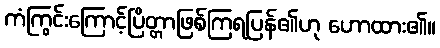
ကံကြွင်းကြောင့်ပြိတ္တာဖြစ်ကြရပြန်၏ဟု ဟောထား၏။